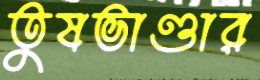
তুষভাণ্ডার